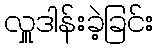
လှူဒါန်းခဲ့ခြင်း